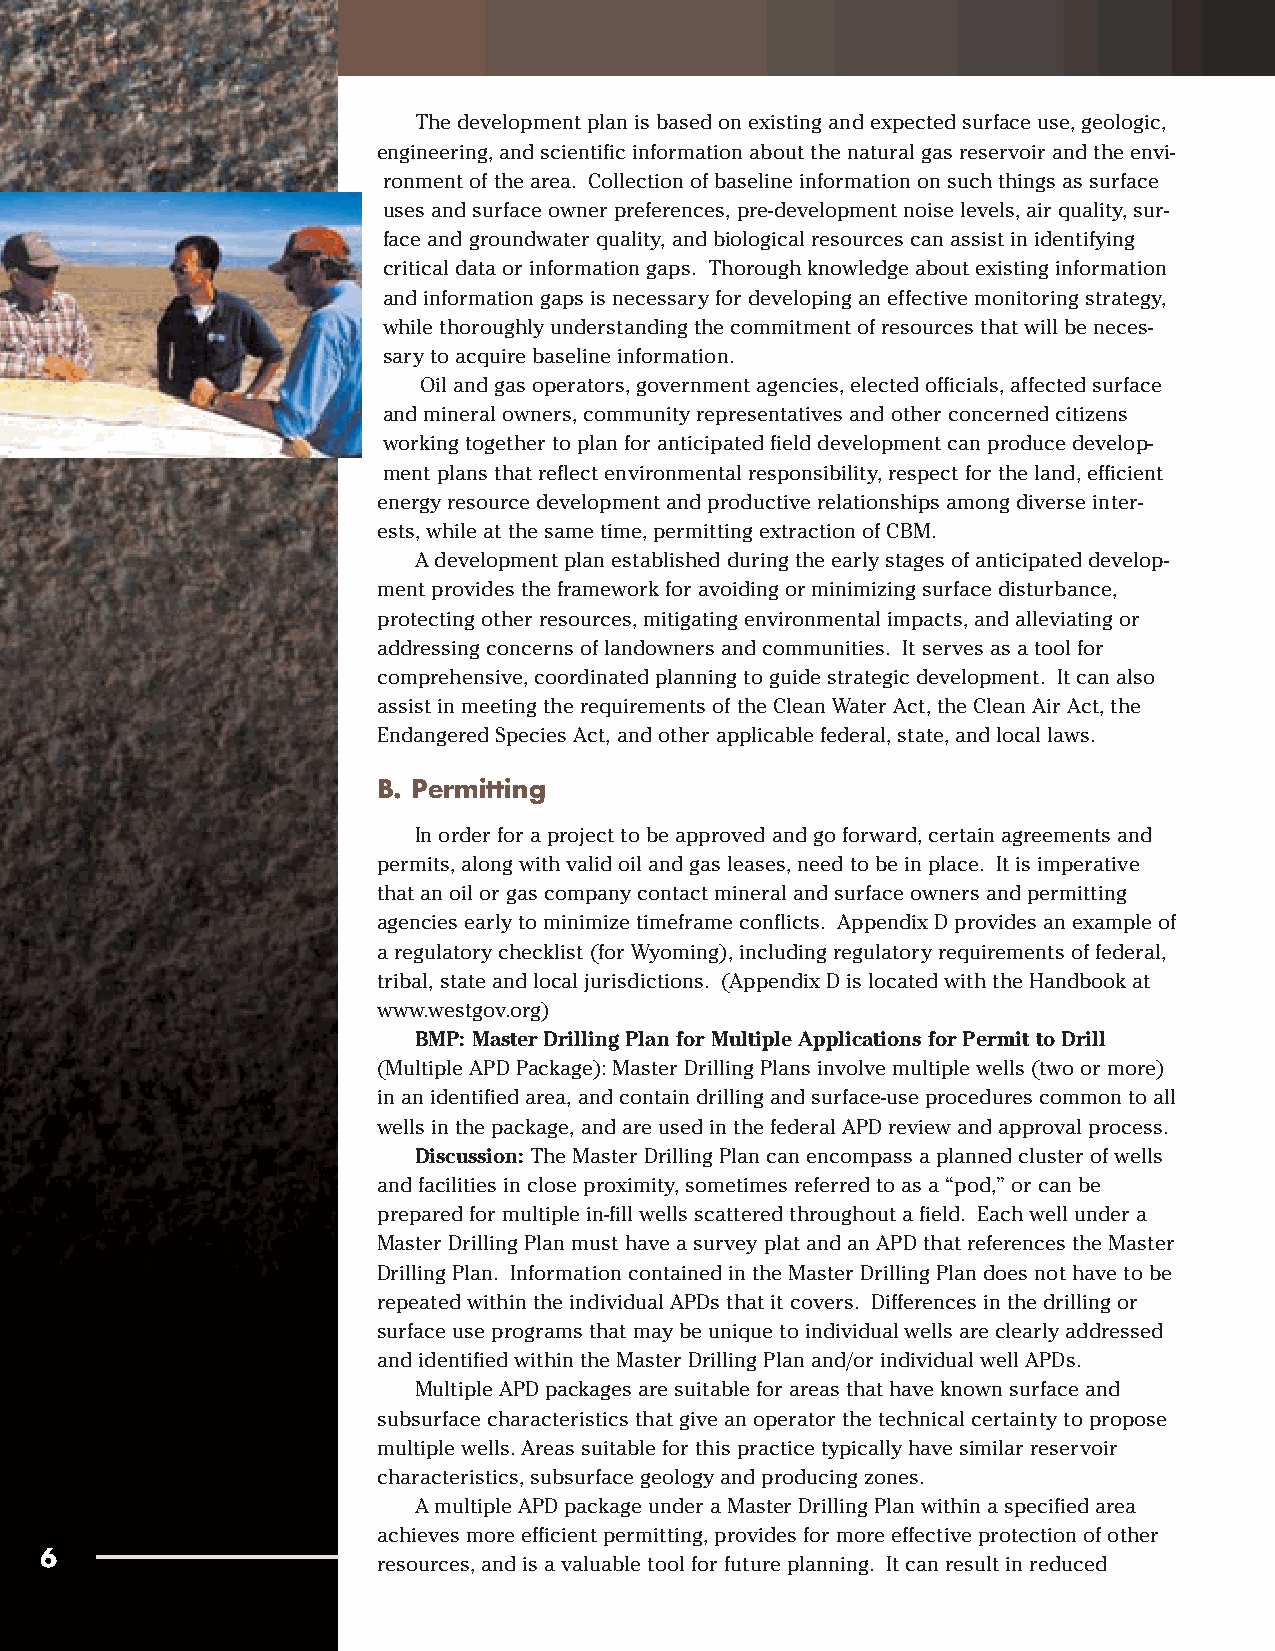
The development plan is based on existing and expected surface use, geologic,
 engineering, and scientific information about the natural gas reservoir and the envi-
 ronment of the area. Collection of baseline information on such things as surface
 uses and surface owner preferences, pre-development noise levels, air quality, sur-
 face and groundwater quality, and biological resources can assist in identifying
 critical data or information gaps. Thorough knowledge about existing information
 and information gaps is necessary for developing an effective monitoring strategy,
 while thoroughly understanding the commitment of resources that will be neces-
 sary to acquire baseline information.
 Oil and gas operators, government agencies, elected officials, affected surface
 and mineral owners, community representatives and other concerned citizens
 working together to plan for anticipated field development can produce develop-
 ment plans that reflect environmental responsibility, respect for the land, efficient
 energy resource development and productive relationships among diverse inter-
 ests, while at the same time, permitting extraction of CBM.
 A development plan established during the early stages of anticipated develop-
 ment provides the framework for avoiding or minimizing surface disturbance,
 protecting other resources, mitigating environmental impacts, and alleviating or
 addressing concerns of landowners and communities. It serves as a tool for
 comprehensive, coordinated planning to guide strategic development. It can also
 assist in meeting the requirements of the Clean Water Act, the Clean Air Act, the
 Endangered Species Act, and other applicable federal, state, and local laws.
 B. Permitting
 In order for a project to be approved and go forward, certain agreements and
 permits, along with valid oil and gas leases, need to be in place. It is imperative
 that an oil or gas company contact mineral and surface owners and permitting
 agencies early to minimize timeframe conflicts. Appendix D provides an example of
 a regulatory checklist (for Wyoming), including regulatory requirements of federal,
 tribal, state and local jurisdictions. (Appendix D is located with the Handbook at
 www.westgov.org)
 BMP: Master Drilling Plan for Multiple Applications for Permit to Drill
 (Multiple APD Package): Master Drilling Plans involve multiple wells (two or more)
 in an identified area, and contain drilling and surface-use procedures common to all
 wells in the package, and are used in the federal APD review and approval process.
 Discussion:The Master Drilling Plan can encompass a planned cluster of wells
 and facilities in close proximity, sometimes referred to as a “pod,” or can be
 prepared for multiple in-fill wells scattered throughout a field. Each well under a
 Master Drilling Plan must have a survey plat and an APD that references the Master
 Drilling Plan. Information contained in the Master Drilling Plan does not have to be
 repeated within the individual APDs that it covers. Differences in the drilling or
 surface use programs that may be unique to individual wells are clearly addressed
 and identified within the Master Drilling Plan and/or individual well APDs.
 Multiple APD packages are suitable for areas that have known surface and
 subsurface characteristics that give an operator the technical certainty to propose
 multiple wells. Areas suitable for this practice typically have similar reservoir
 characteristics, subsurface geology and producing zones.
 A multiple APD package under a Master Drilling Plan within a specified area
 achieves more efficient permitting, provides for more effective protection of other
 6
 resources, and is a valuable tool for future planning. It can result in reduced